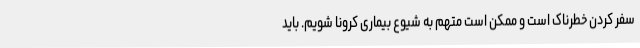
سفر کردن خطرناک است و ممکن است متهم به شیوع بیماری کرونا شویم. باید